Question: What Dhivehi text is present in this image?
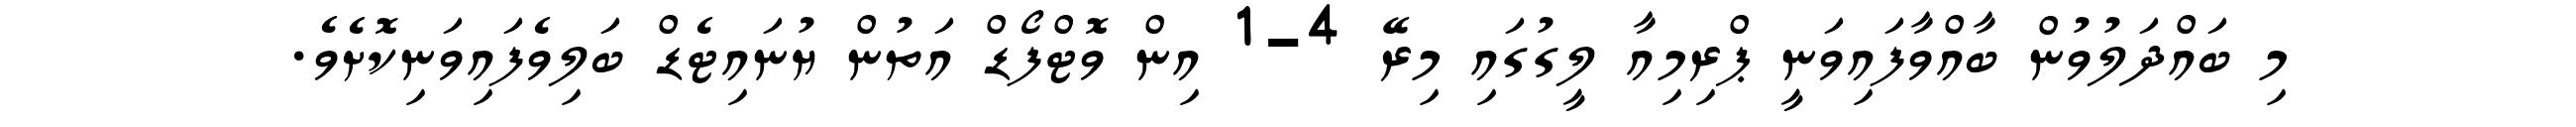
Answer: މި ބައްދަލުވުން ބާއްވާފައިވަނީ ޕްރިމިއާ ލީގުގައި މިރޭ 4-1 އިން ވޮޓްފޯޑް އަތުން ޔުނައިޓެޑް ބަލިވެފައިވަނިކޮށެވެ.